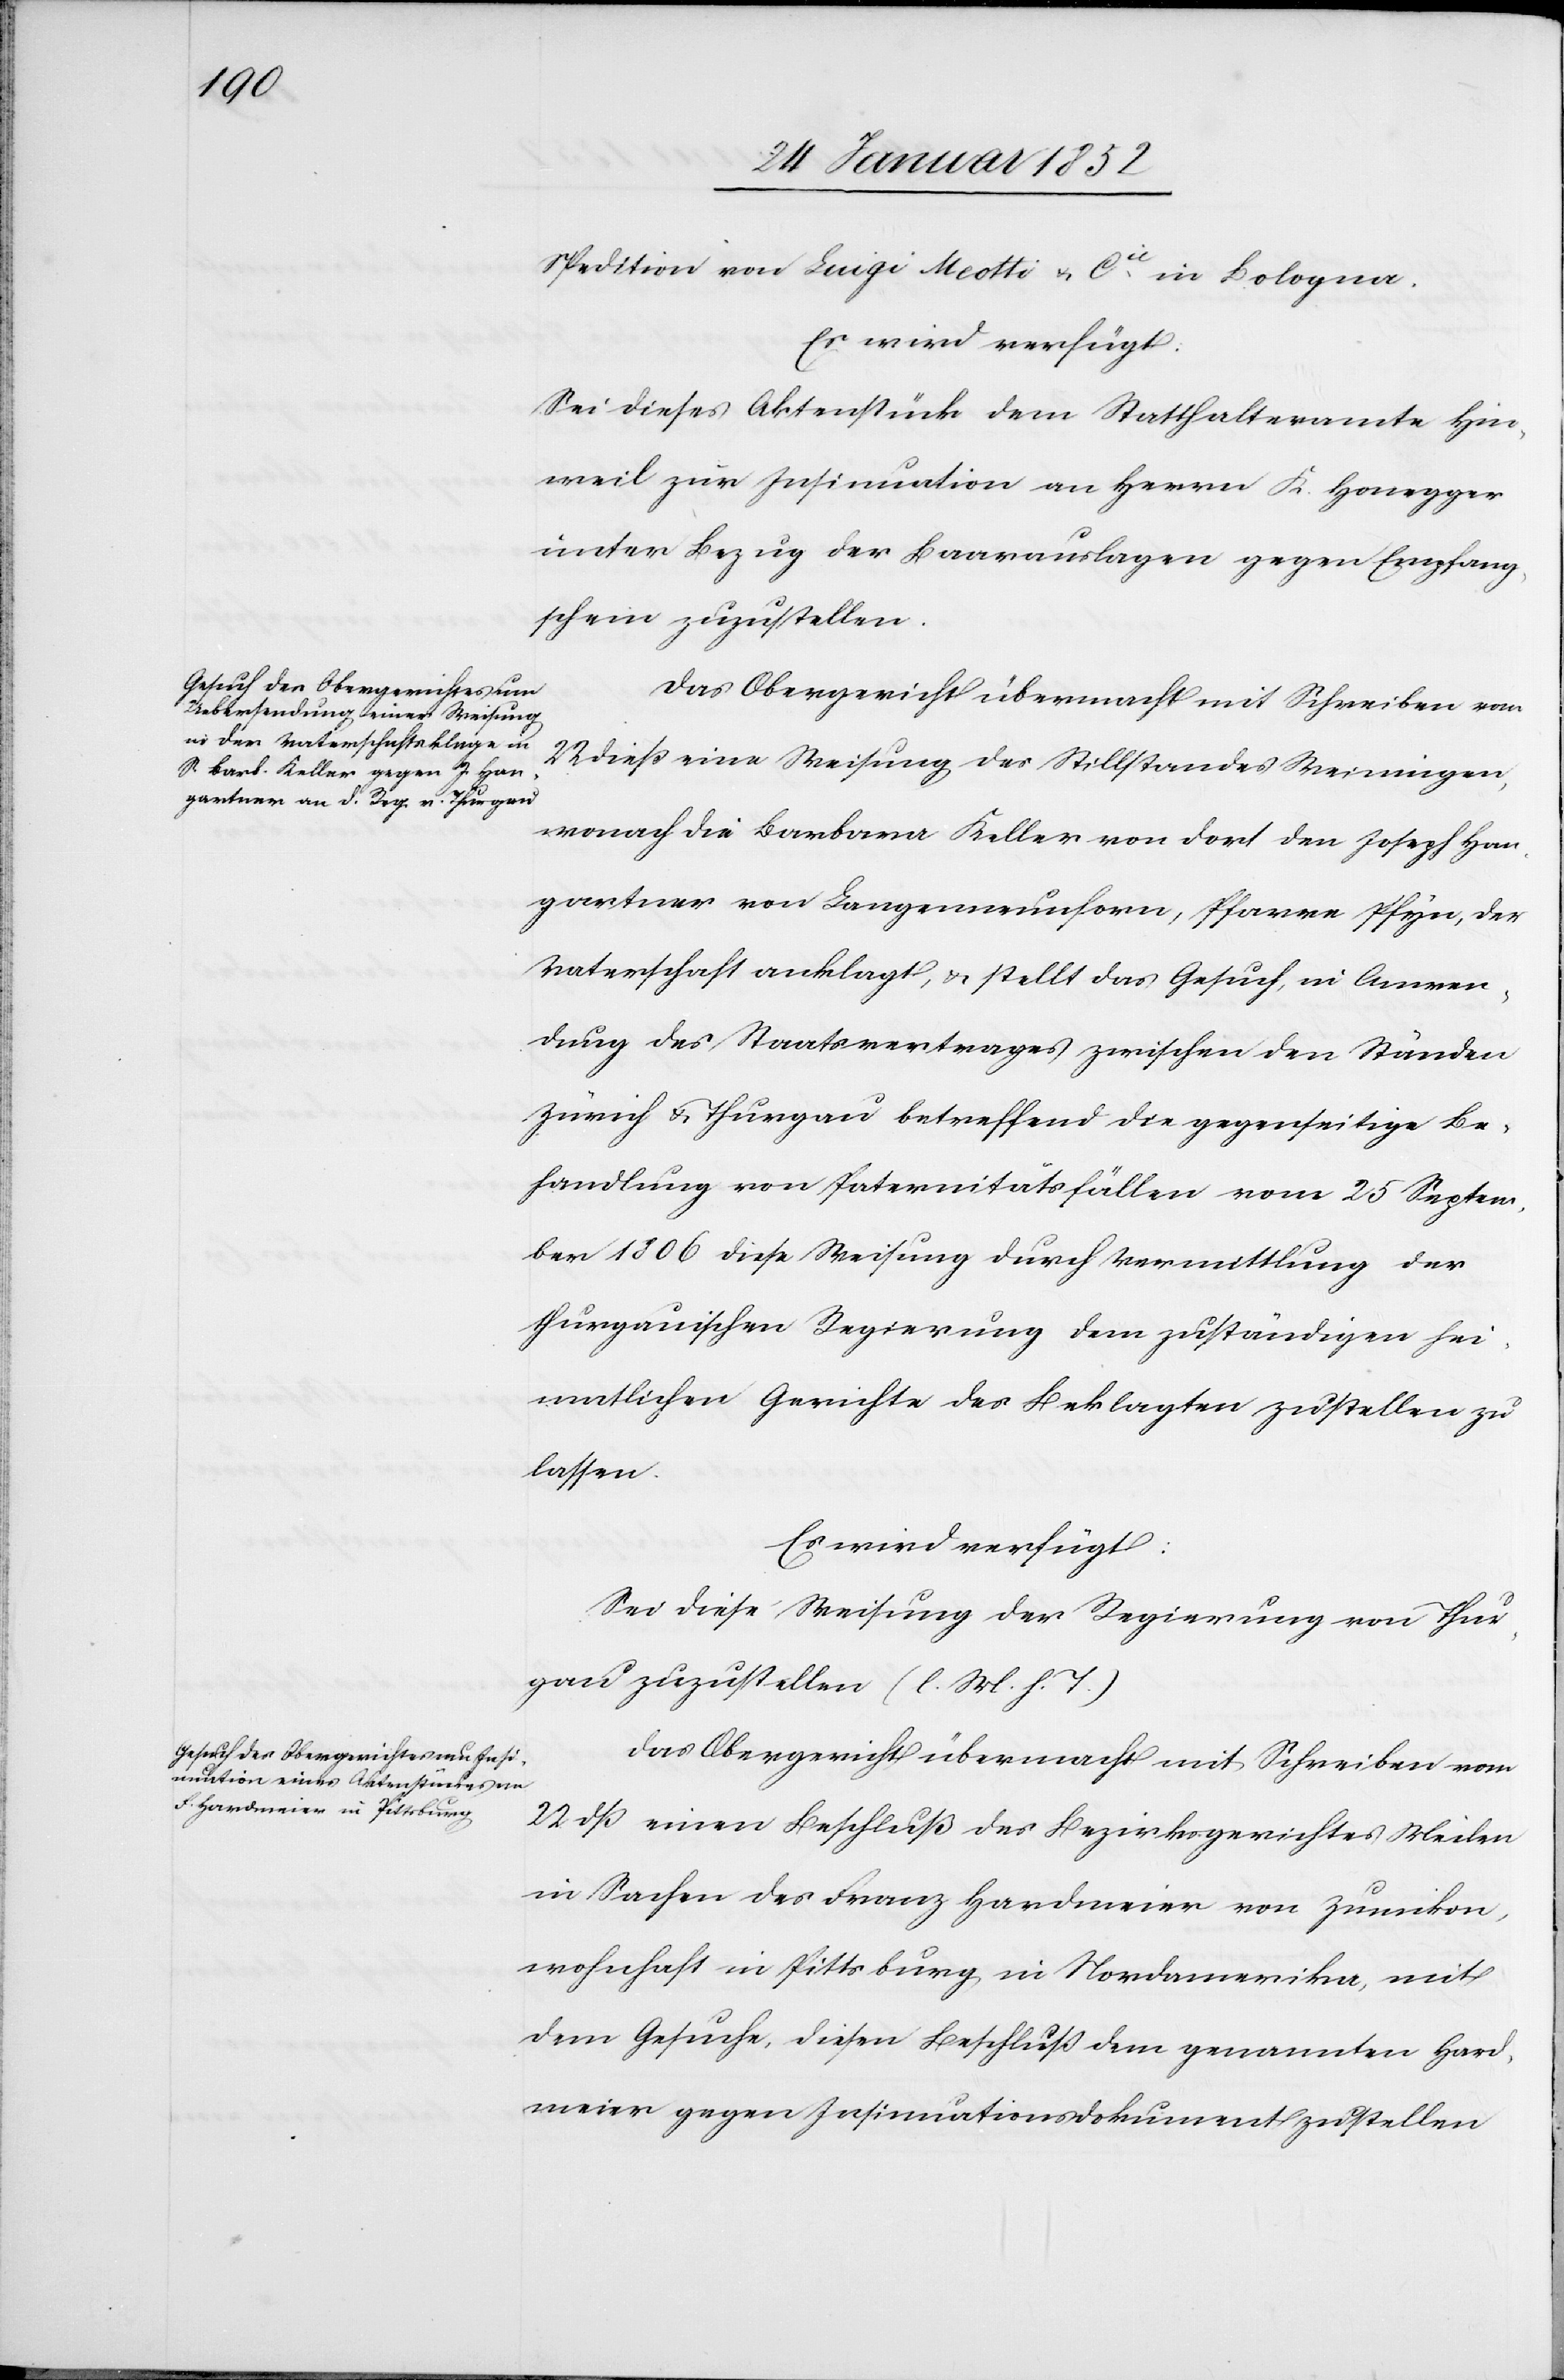
26 Januar 1852]
Spedition von Luigi Meotti u. Cie in Bologna.
Es wird verfügt.
Sei dieses Aktenstück dem Statthalteramte Hin¬
weil zur Insinuation an Herrn K. Honegger
unter Bezug der Baarauslagen gegen Empfang¬
schein zuzustellen.
Das Obergericht übermacht mit Schreiben vom
22 dieß eine Weisung des Stillstandes Weiningen,
wonach die Barbara Keller von dort den Joseph Han¬
gartner von Langenneunform, Pfarre Pfyn, der
Vaterschaft anklagt, u. stellt das Gesuch, in Anwen¬
dung des Staatsvertrages zwischen den Ständen
Zürich u. Thurgau betreffend die gegenseitige Be¬
handlung von Paternitätsfällen vom 25 Septem¬
ber 1806 diese Weisung durch Vermittlung der
thurgauischen Regierung dem zuständigen hei¬
matlichen Gerichte des Beklagten zustellen zu
lassen.
Es wird verfügt:
Sei diese Weisung der Regierung von Thur¬
gau zuzustellen (l. M. h. T.)
Das Obergericht übermacht mit Schreiben vom
22 dß einen Beschluß des Bezirksgerichtes Meilen
in Sachen des Franz Hardmeier von Zumikon,
wohnhaft in Pittsburg in Nordamerika, mit
dem Gesuche, diesen Beschluß dem genannten Hard¬
meier gegen Insinuationsdokument zustellen